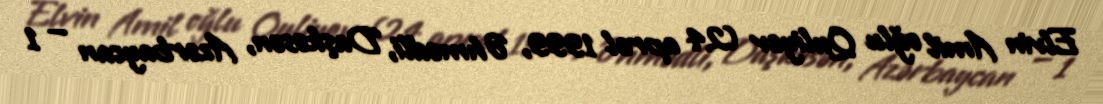
Elvin Amil oğlu Quliyev (24 aprel 1999, Əhmədli, Daşkəsən, Azərbaycan — 1